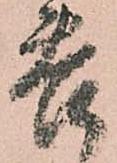
苦